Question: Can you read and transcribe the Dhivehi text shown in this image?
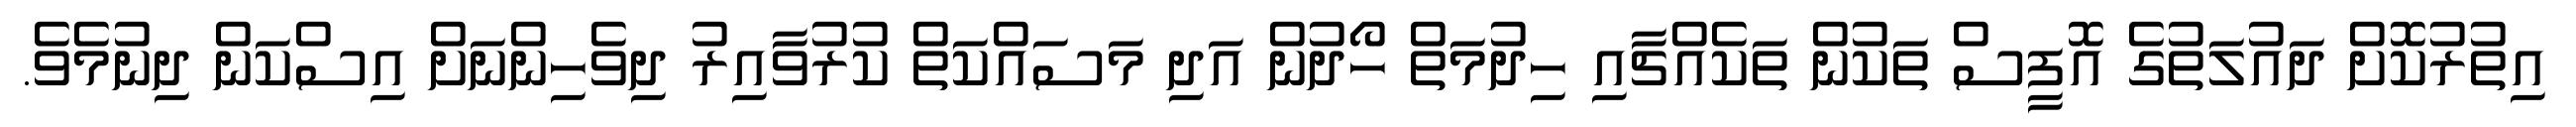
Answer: އިތުރުކޮށް ދައުލަތުގެ އޮފީސް ތަކުން ތަކެއްޗާއި ހިދުމަތް ހޯދުން އަދި މަސައްކަތް ކުރުވާއިރު ދިވެހިންނަށް އިސްކަން ދިނުމެވެ.